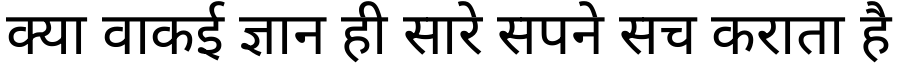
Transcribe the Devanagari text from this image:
क्या वाकई ज्ञान ही सारे सपने सच कराता है